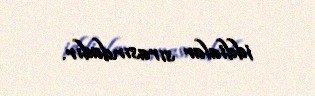
iddialar sırasındadır.